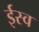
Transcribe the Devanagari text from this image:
ईस्व